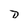
Character: D